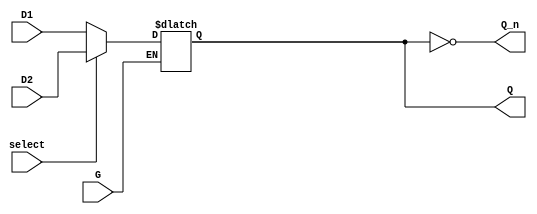
module dual_input_gated_latch (
    input wire D1,        // First Data Input
    input wire D2,        // Second Data Input
    input wire G,         // Gate Control Signal
    input wire select,    // Select Signal to choose between D1 and D2
    output reg Q,         // Latch Output
    output wire Q_n       // Inverted Latch Output
);

// Invert Q for Q'
assign Q_n = ~Q;

// Always block to implement the gated latch behavior
always @(G or D1 or D2) begin
    if (G) begin
        if (select) begin
            Q <= D2;   // Select D2 when select is high
        end else begin
            Q <= D1;   // Select D1 when select is low
        end
    end
    // If G is low, the output Q retains its previous state (latch behavior)
end

endmodule